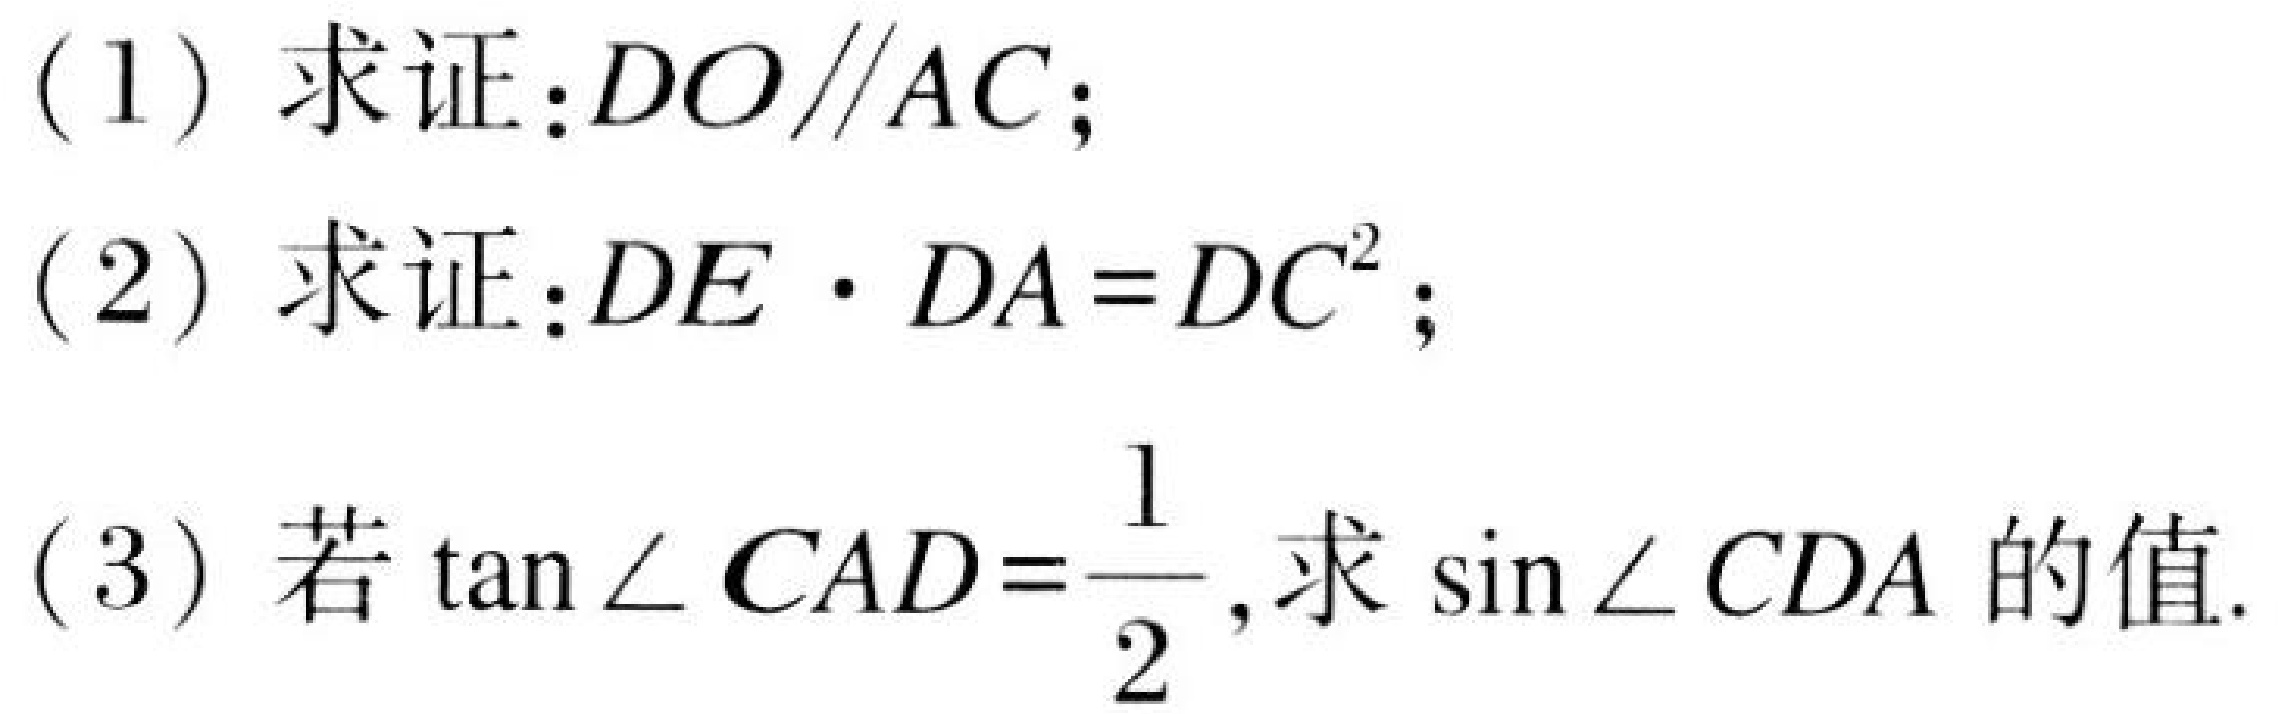
(1) 求证：\(DO\parallel AC\)；
(2) 求证：\(DE\cdot DA = DC^{2}\)；
(3) 若\(\tan\angle CAD=\frac{1}{2}\)，求\(\sin\angle CDA\)的值.